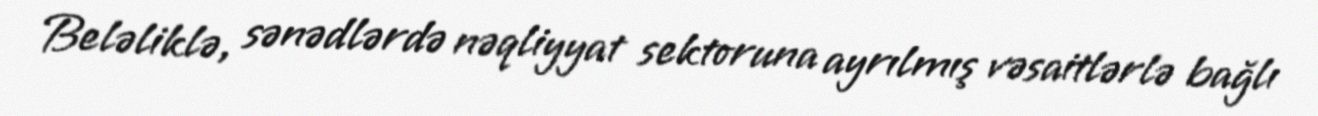
Beləliklə, sənədlərdə nəqliyyat sektoruna ayrılmış vəsaitlərlə bağlı